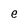
Character: e